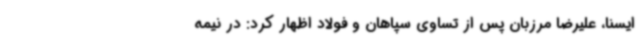
ایسنا، علیرضا مرزبان پس از تساوی سپاهان و فولاد اظهار کرد: در نیمه